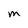
Character: M